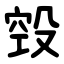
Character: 㲁